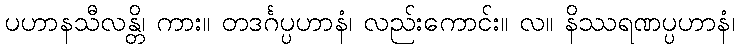
ပဟာနသီလန္တိ၊ ကား။ တဒင်္ဂပ္ပဟာနံ၊ လည်းကောင်း။ လ။ နိဿရဏပ္ပဟာနံ၊